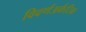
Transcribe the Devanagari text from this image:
विवर्णअर्कटिक